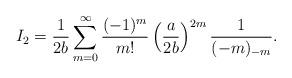
LaTeX: \begin{align*}I_{2} = \frac{1}{2b} \sum_{m=0}^{\infty} \frac{(-1)^{m}}{m!} \left( \frac{a}{2b} \right)^{2m} \frac{1}{(-m)_{-m}}.\end{align*}